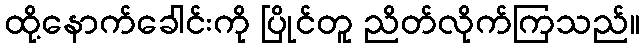
ထို့နောက်ခေါင်းကို ပြိုင်တူ ညိတ်လိုက်ကြသည်။